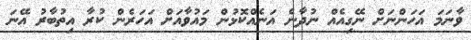
ވާނަމަ އަހަންނަށް ނޭގިއެއް ނުދާނެ އަނެއްކޮޅުން މައުވާއަށް އަހަރެން ކުރާ އިތުބާރު އޭނަ